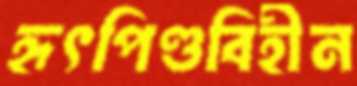
হৃৎপিণ্ডবিহীন